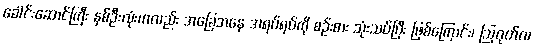
ခေါင်းဆောင်ကြီး နှစ်ဦးလုံးကလည်း အခြေအနေ အရပ်ရပ်ကို စဉ်းစား သုံးသပ်ပြီး ဖြစ်ကြောင်း၊ ဩဂုတ်လ